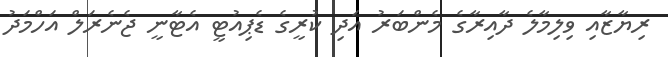
ރިޔާޒާއި ވިލިމާލެ ދާއިރާގެ މެންބަރު އަދި ކުރީގެ ޑެޕިއުޓީ އެޓާނީ ޖެނެރަލް އަހްމަދު